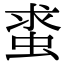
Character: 𧋛